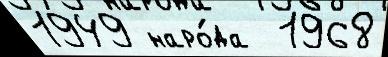
1949 наро́да  1968